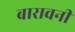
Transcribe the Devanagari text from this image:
बारावनी